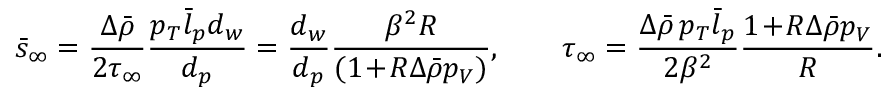
\bar { s } _ { \infty } = \frac { \Delta \bar { \rho } } { 2 \tau _ { \infty } } \frac { p _ { T } \bar { l } _ { p } d _ { w } } { d _ { p } } = \frac { d _ { w } } { d _ { p } } \frac { \beta ^ { 2 } R } { ( 1 \! + \! R \Delta \bar { \rho } p _ { V } ) } , \qquad \tau _ { \infty } = \frac { \Delta \bar { \rho } \, p _ { T } \bar { l } _ { p } } { 2 \beta ^ { 2 } } \frac { 1 \! + \! R \Delta \bar { \rho } p _ { V } } { R } .